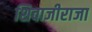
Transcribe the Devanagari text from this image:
शिवाजीराजा